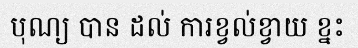
បុណ្យ បាន ដល់ ការខ្វល់ខ្វាយ ខ្នះ